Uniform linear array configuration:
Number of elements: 48
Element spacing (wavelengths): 0.5
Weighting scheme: exponential
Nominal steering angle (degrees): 15
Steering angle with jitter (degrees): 13.928
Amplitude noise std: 0.05
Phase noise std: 0.05

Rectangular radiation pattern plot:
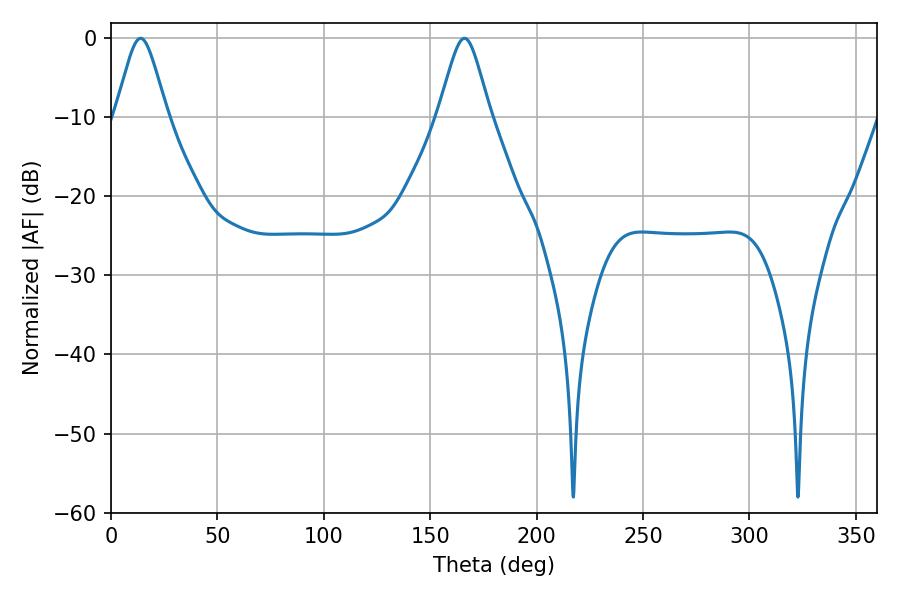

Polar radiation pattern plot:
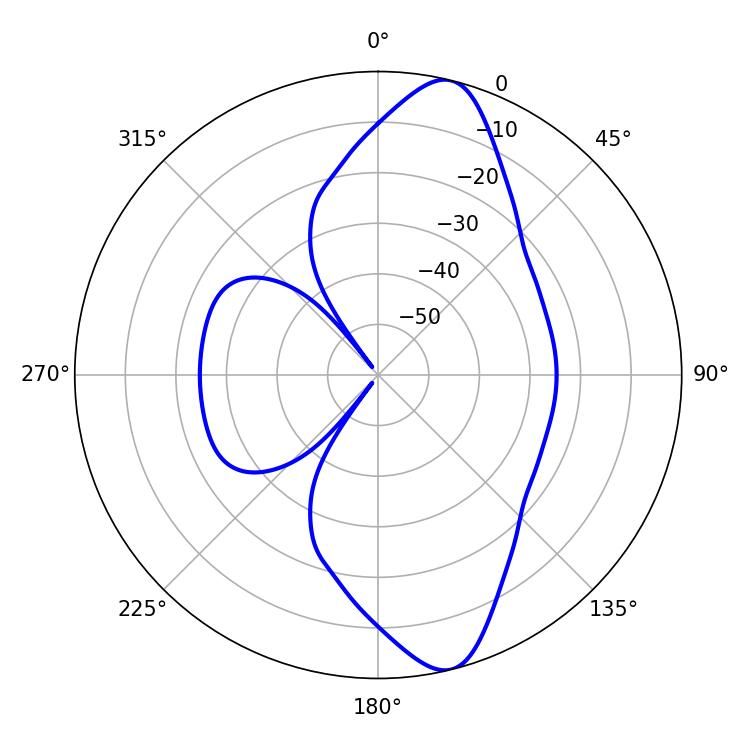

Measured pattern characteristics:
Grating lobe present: FALSE
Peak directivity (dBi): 12.089
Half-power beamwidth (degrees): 11.7
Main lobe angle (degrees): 13.86